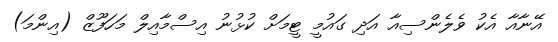
އޭނާއާ އެކު ވެެލެންސިއާ އަދި ގައުމީ ޓީމަށް ކުޅުނު އިސްމާއިލް މަހަފޫޒް (އިންމަ)